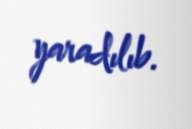
yaradılıb.